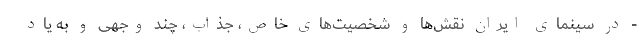
- در سینمای ایران نقش‌ها و شخصیت‌های خاص، جذاب، چند وجهی و به یاد